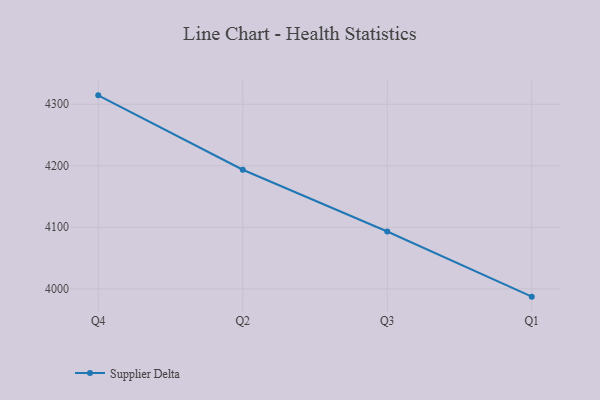
{"axis": {"x": "Quarter", "y": "Temperature (°C)"}, "legend": ["Supplier Delta"], "data": [{"x": "Q4", "y": 4314.4, "type": "Supplier Delta"}, {"x": "Q2", "y": 4193.5, "type": "Supplier Delta"}, {"x": "Q3", "y": 4093.1, "type": "Supplier Delta"}, {"x": "Q1", "y": 3987.3, "type": "Supplier Delta"}]}